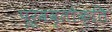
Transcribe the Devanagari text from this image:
पूर्ववृतोक्ति